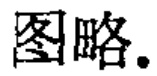
图略。